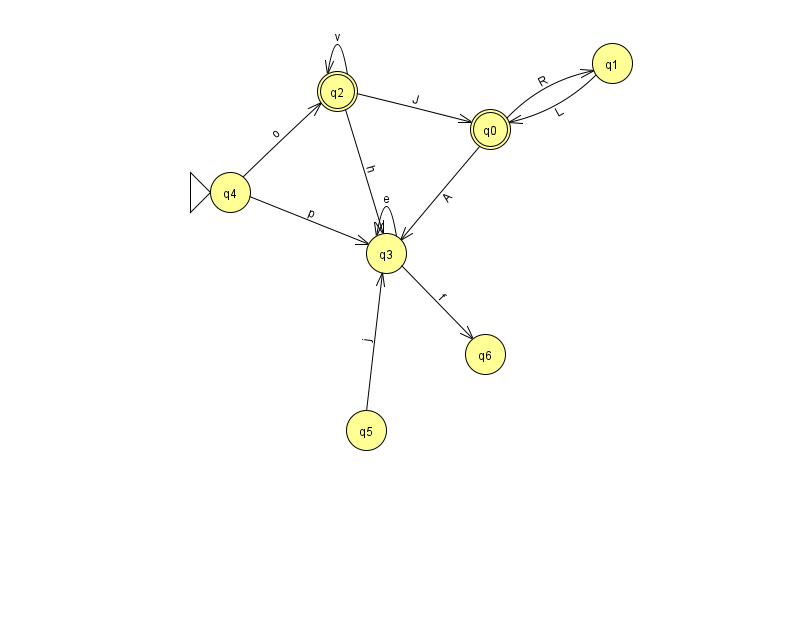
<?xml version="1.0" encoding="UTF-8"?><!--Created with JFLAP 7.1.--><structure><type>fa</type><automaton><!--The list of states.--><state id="0" name="q0"><x>490.0</x><y>116.0</y><final/></state><state id="1" name="q1"><x>612.0</x><y>50.0</y></state><state id="2" name="q2"><x>337.0</x><y>78.0</y><final/></state><state id="3" name="q3"><x>386.0</x><y>240.0</y></state><state id="4" name="q4"><x>230.0</x><y>179.0</y><initial/></state><state id="5" name="q5"><x>366.0</x><y>417.0</y></state><state id="6" name="q6"><x>485.0</x><y>341.0</y></state><!--The list of transitions.--><transition><from>0</from><to>1</to><read>R</read></transition><transition><from>3</from><to>6</to><read>f</read></transition><transition><from>4</from><to>2</to><read>o</read></transition><transition><from>0</from><to>3</to><read>A</read></transition><transition><from>3</from><to>3</to><read>e</read></transition><transition><from>2</from><to>2</to><read>v</read></transition><transition><from>2</from><to>0</to><read>J</read></transition><transition><from>2</from><to>3</to><read>h</read></transition><transition><from>5</from><to>3</to><read>j</read></transition><transition><from>1</from><to>0</to><read>L</read></transition><transition><from>4</from><to>3</to><read>p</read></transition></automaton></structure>